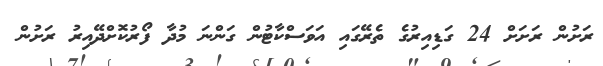
ރަށުން ރަށަށް 24 ގަޑިއިރުގެ ތެރޭގައި އަވަސްކާޓުން ގަންނަ މުދާ ފޯރުކޮށްދޭއިރު ރަށުން